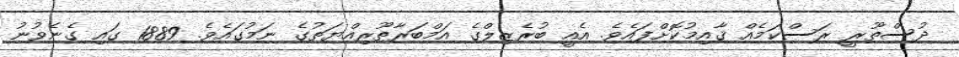
ދުސްތޫރީ ރަސްކަމެއް ޤާއިމުކޮށްފައެވެ. އެއީ ބުރެޒިލްގެ އަމްބަރާޠޫރިއްޔަތުގެ ނަމުގައެވެ. 1889 ގައި ގެނެވުނު